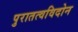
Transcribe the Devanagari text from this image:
पुरातत्वविदोन